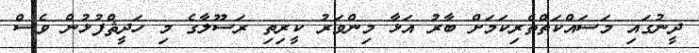
ދީނުގައި މަސައްކަތްތެރިކަމަށް ބާރު އަޅާ މިންވަރު ކީރިތި ރަސޫލާގެ މި ހަދީޘްފުޅުން ވެސް